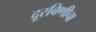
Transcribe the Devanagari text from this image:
दूरबिणीचा